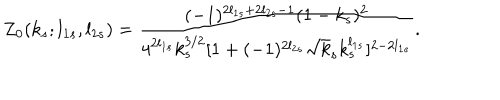
Z _ { 0 } ( k _ { s } ; l _ { 1 s } , l _ { 2 s } ) = \frac { ( - 1 ) ^ { 2 l _ { 1 s } + 2 l _ { 2 s } - 1 } ( 1 - k _ { s } ) ^ { 2 } } { 4 ^ { 2 l _ { 1 s } } k _ { s } ^ { 3 / 2 } [ 1 + ( - 1 ) ^ { 2 l _ { 2 s } } \sqrt k _ { s } k _ { s } ^ { l _ { 1 s } } ] ^ { 2 - 2 l _ { 1 s } } } .